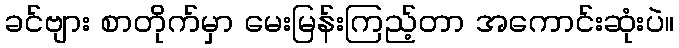
ခင်ဗျား စာတိုက်မှာ မေးမြန်းကြည့်တာ အကောင်းဆုံးပဲ။